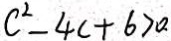
c ^ { 2 } - 4 c + 6 > 0 .